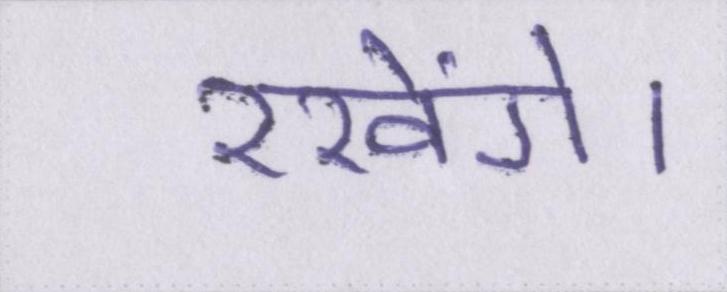
रखेंगे।